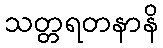
သတ္တရတနာနိ